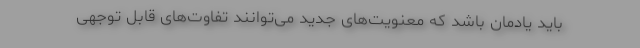
باید یادمان باشد که معنویت‌های جدید می‌توانند تفاوت‌های قابل توجهی